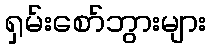
ရှမ်းစော်ဘွားများ